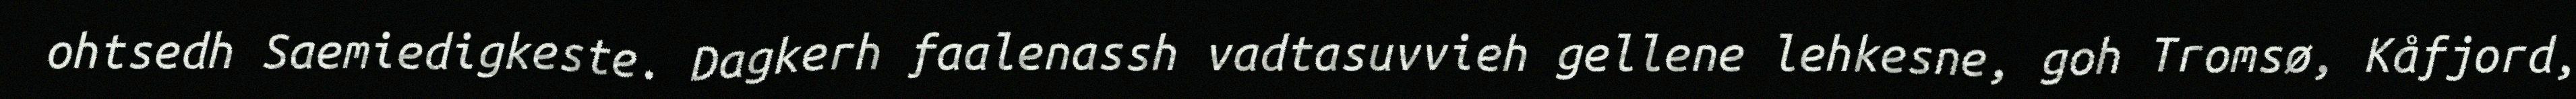
ohtsedh Saemiedigkeste. Dagkerh faalenassh vadtasuvvieh gellene lehkesne, goh Tromsø, Kåfjord,